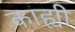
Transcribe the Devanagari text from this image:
काह्यी